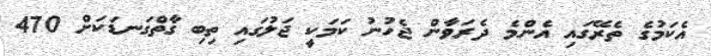
އެކަމުގެ ތެރޭގައި އެންމެ ދެރަވާން ޖެހުނު ކަމަކީ ޖަލުގައި ތިބި ގާތްގަނޑަކަށް 470